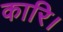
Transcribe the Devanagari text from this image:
कारि।